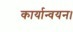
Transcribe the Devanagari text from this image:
कार्यान्वयन।